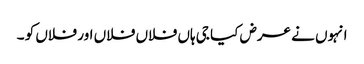
انہوں نے عرض کیا جی ہاں فلاں فلاں اور فلاں کو ۔